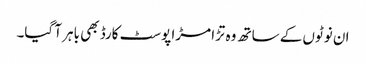
ان نوٹوں کے ساتھ وہ تڑا مڑا پوسٹ کارڈ بھی باہر آ گیا۔